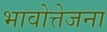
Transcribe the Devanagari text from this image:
भावोत्तेजना